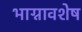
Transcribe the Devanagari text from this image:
भाग्नावशेष